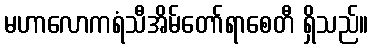
မဟာလောကရံသီအိမ်တော်ရာစေတီ ရှိသည်။